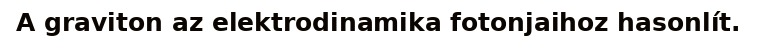
A graviton az elektrodinamika fotonjaihoz hasonlít.